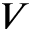
V